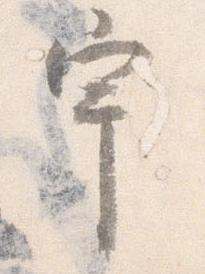
宇